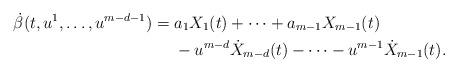
\begin{align*}\dot{\beta}(t, u^{1}, \dotsc, u^{m-d-1}) = {} & a_{1} X_{1}(t) + \dotsb + a_{m-1} X_{m-1}(t)\\&- u^{m-d} \dot{X}_{m-d}(t) - \dotsb - u^{m-1} \dot{X}_{m-1}(t).\end{align*}